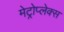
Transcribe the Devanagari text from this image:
मेट्रोप्लेक्स